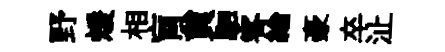
野煖相肓貟駟客綸豪卒沚